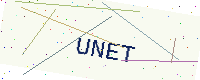
Text: UNET